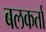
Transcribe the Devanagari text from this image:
बलकर्ता